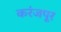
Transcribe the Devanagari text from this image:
करंजपूर